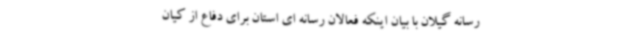
رسانه گیلان با بیان اینکه فعالان رسانه ای استان برای دفاع از کیان